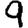
Digit: 9